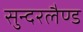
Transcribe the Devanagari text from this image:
सुन्दरलैण्ड